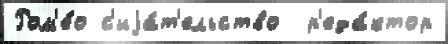
Ром'е́о с'иjа́т'ельство  р'еда́ктор